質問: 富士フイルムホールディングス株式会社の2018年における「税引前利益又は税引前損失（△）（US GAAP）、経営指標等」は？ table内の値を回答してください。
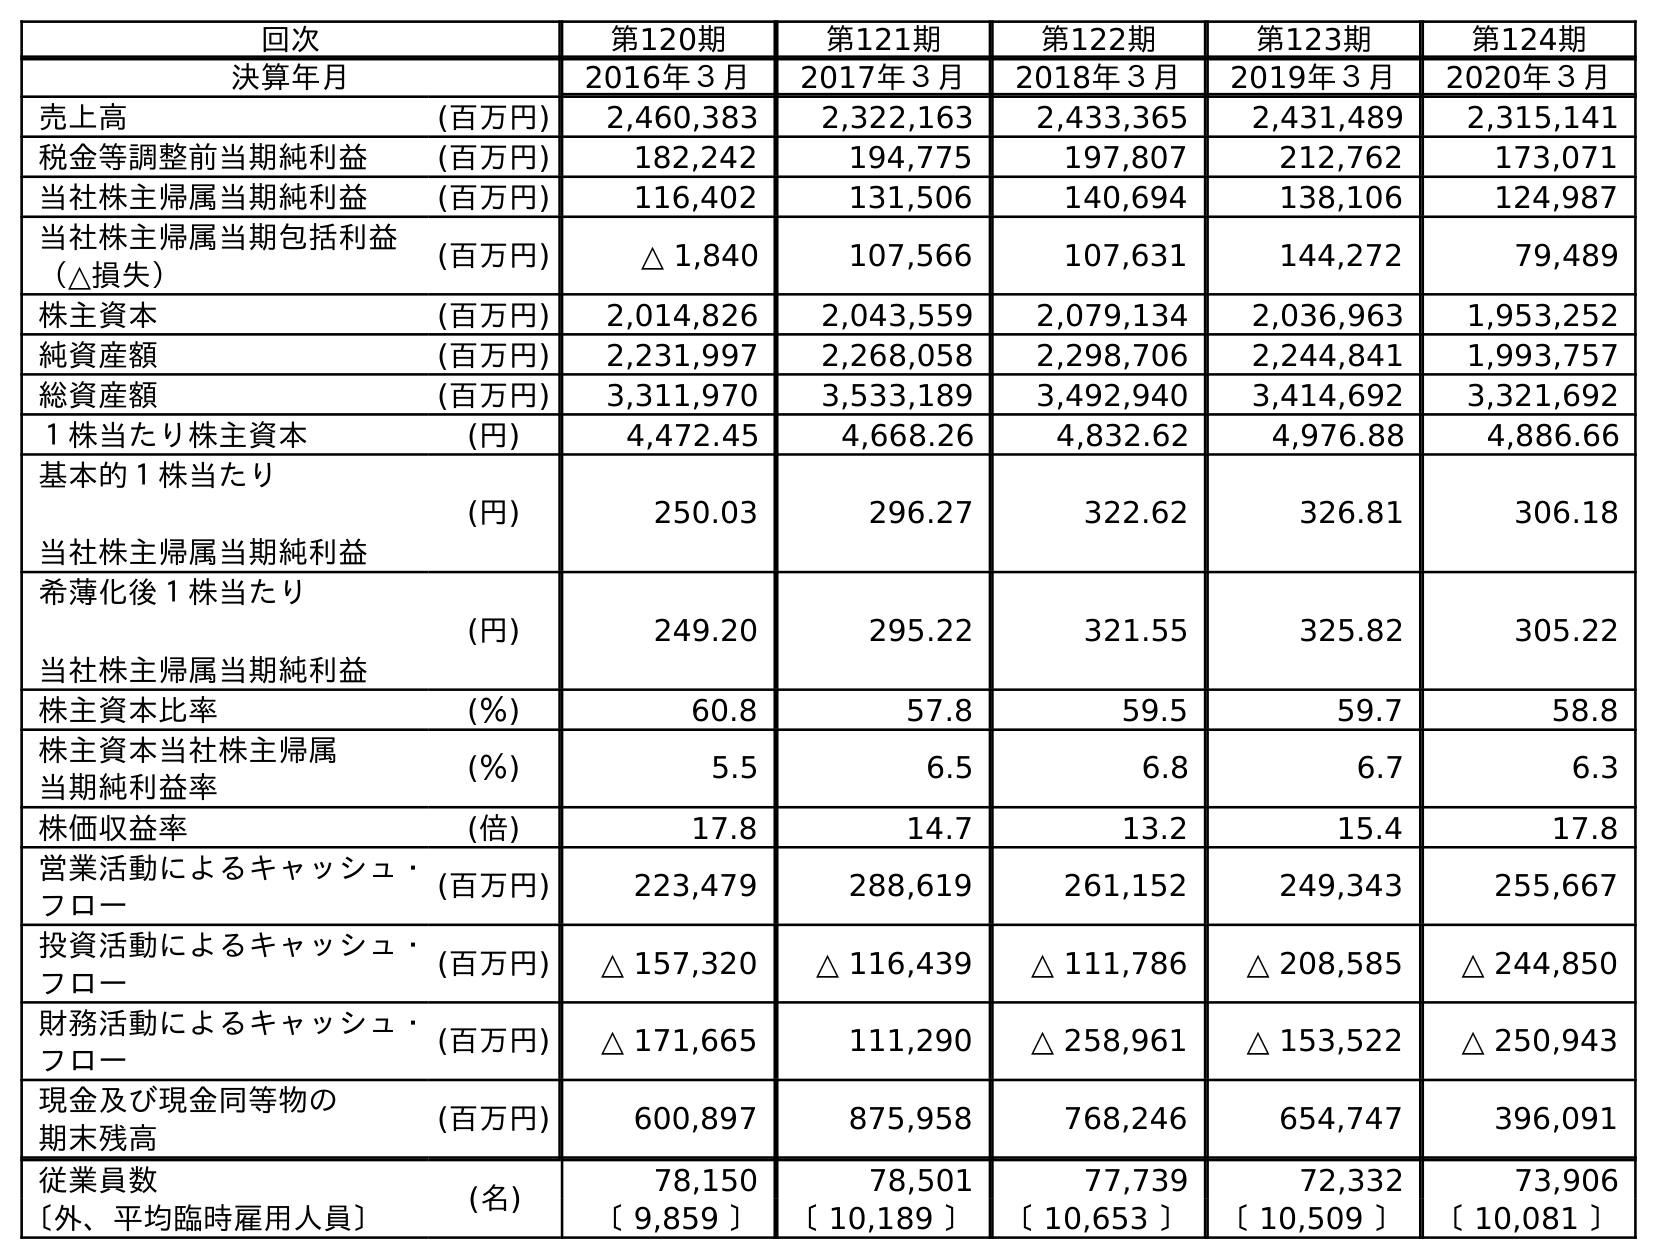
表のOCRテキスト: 回次 第120期 第121期 第122期 第123期 第124期 決算年月 2016年３月 2017年３月 2018年３月 2019年３月 2020年３月 売上高 (百万円) 2,460,383 2,322,163 2,433,365 2,431,489 2,315,141 税金等調整前当期純利益 (百万円) 182,242 194,775 197,807 212,762 173,071 当社株主帰属当期純利益 (百万円) 116,402 131,506 140,694 138,106 124,987 当社株主帰属当期包括利益 （△損失） (百万円) △ 1,840 107,566 107,631 144,272 79,489 株主資本 (百万円) 2,014,826 2,043,559 2,079,134 2,036,963 1,953,252 純資産額 (百万円) 2,231,997 2,268,058 2,298,706 2,244,841 1,993,757 総資産額 (百万円) 3,311,970 3,533,189 3,492,940 3,414,692 3,321,692 １株当たり株主資本 (円) 4,472.45 4,668.26 4,832.62 4,976.88 4,886.66 基本的１株当たり 当社株主帰属当期純利益 (円) 250.03 296.27 322.62 326.81 306.18 希薄化後１株当たり 当社株主帰属当期純利益 (円) 249.20 295.22 321.55 325.82 305.22 株主資本比率 (％) 60.8 57.8 59.5 59.7 58.8 株主資本当社株主帰属 当期純利益率 (％) 5.5 6.5 6.8 6.7 6.3 株価収益率 (倍) 17.8 14.7 13.2 15.4 17.8 営業活動によるキャッシュ・ フロー (百万円) 223,479 288,619 261,152 249,343 255,667 投資活動によるキャッシュ・ フロー (百万円) △ 157,320 △ 116,439 △ 111,786 △ 208,585 △ 244,850 財務活動によるキャッシュ・ フロー (百万円) △ 171,665 111,290 △ 258,961 △ 153,522 △ 250,943 現金及び現金同等物の 期末残高 (百万円) 600,897 875,958 768,246 654,747 396,091 従業員数 (名) 78,150 78,501 77,739 72,332 73,906 〔外、平均臨時雇用人員〕 〔 9,859 〕 〔 10,189 〕 〔 10,653 〕 〔 10,509 〕 〔 10,081 〕
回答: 197,807